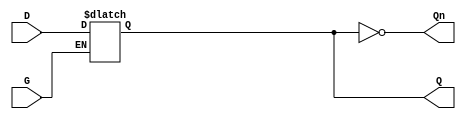
module dual_input_gated_latch (
    input wire D,      // Data Input
    input wire G,      // Gating Signal
    output reg Q,      // Output
    output wire Qn     // Inverted Output
);

// Inverted output
assign Qn = ~Q;

// Always block to implement the latch behavior
always @(*) begin
    if (G) begin
        Q = D;  // When G is high, Q follows D
    end
    // When G is low, Q retains its previous value (holding state)
end

endmodule